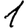
Digit: 1